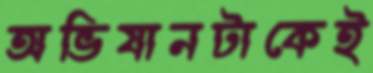
অভিযানটাকেই